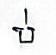
ប់